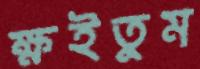
ক্ষইতুম